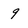
Character: 9